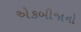
એકબીજાનો